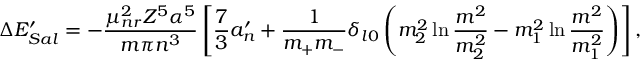
\Delta E _ { S a l } ^ { \prime } = - \frac { \mu _ { n r } ^ { 2 } Z ^ { 5 } \alpha ^ { 5 } } { m \pi n ^ { 3 } } \left[ \frac { 7 } { 3 } a _ { n } ^ { \prime } + \frac { 1 } { m _ { + } m _ { - } } \delta _ { l 0 } \left( m _ { 2 } ^ { 2 } \ln \frac { m ^ { 2 } } { m _ { 2 } ^ { 2 } } - m _ { 1 } ^ { 2 } \ln \frac { m ^ { 2 } } { m _ { 1 } ^ { 2 } } \right) \right] ,